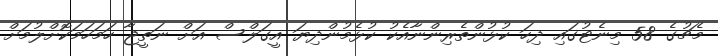
މެޗުގެ 58 މިނެޓުގައި ދިހަ ކުޅުންތެރިންނާއެކު ކުޅެމުންދިޔަ އީގަލްސް އަށް ނަތީޖާ ހަމަހަމަކޮށްލުމަށް